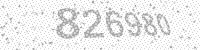
Solution: 826980